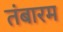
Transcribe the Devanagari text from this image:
तंबारम